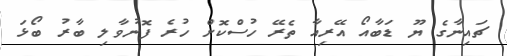
ޗައިނާގެ ޔޫ ޑަބާއޯ އޭރިއާ ތެރޭ ހުސްކޮށް ހުރެ ފޮނުވާލި ބާރު ބޯޅަ